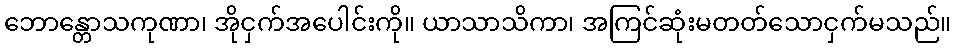
ဘောန္တောသကုဏာ၊ အိုငှက်အပေါင်းကို။ ယာသာသိကာ၊ အကြင်ဆုံးမတတ်သောငှက်မသည်။